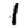
Digit: 1